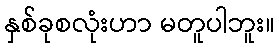
နှစ်ခုစလုံးဟာ မတူပါဘူး။